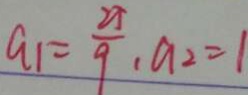
a _ { 1 } = \frac { 2 5 } { 9 } , a _ { 2 } = 1